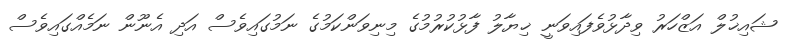
ޝައިޚުލް އަޒްހަރު ވިދާޅުވެފައިވަނީ ޚިޔާލު ފާޅުކުރުމުގެ މިނިވަންކަމުގެ ނަމުގައިވެސް އަދި އެނޫން ނަމެއްގައިވެސް